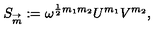
S _ { \frac { \buildrel \rightarrow } { m } } : = \omega ^ { { \frac { 1 } { 2 } } m _ { 1 } m _ { 2 } } U ^ { m _ { 1 } } V ^ { m _ { 2 } } ,